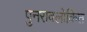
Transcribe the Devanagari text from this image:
पुनरावलोकित